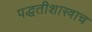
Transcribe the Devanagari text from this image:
पद्धतीशास्त्राच